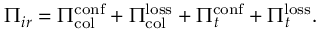
\Pi _ { i r } = \Pi _ { \mathrm { c o l } } ^ { \mathrm { c o n f } } + \Pi _ { \mathrm { c o l } } ^ { \mathrm { l o s s } } + \Pi _ { t } ^ { \mathrm { c o n f } } + \Pi _ { t } ^ { \mathrm { l o s s } } .